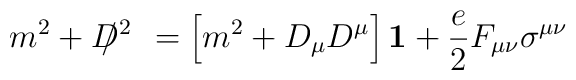
m^2+D^2\hskip -11pt / \hskip 10pt =\left[m^2+D_\mu D^\mu\right] {\bf 1} +\frac{e}{2}F_{\mu\nu} \sigma^{\mu\nu}